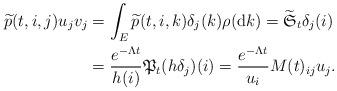
LaTeX: \begin{align*}\widetilde{p}(t,i,j)u_{j}v_{j}&=\int_{E}\widetilde{p}(t,i,k)\delta_{j}(k)\rho({\rm d}k)=\widetilde{\mathfrak{S}}_{t}\delta_{j}(i)\\&=\frac{e^{-\Lambda t}}{h(i)}\mathfrak{P}_{t}(h\delta_{j})(i)=\frac{e^{-\Lambda t}}{u_{i}}M(t)_{ij}u_{j}.\end{align*}